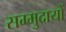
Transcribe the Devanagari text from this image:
सम्मुदायों